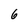
Character: 6